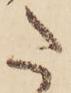
た